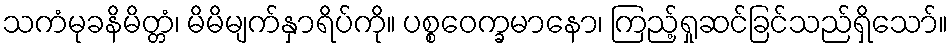
သကံမုခနိမိတ္တံ၊ မိမိမျက်နှာရိပ်ကို။ ပစ္စဝေက္ခမာနော၊ ကြည့်ရှုဆင်ခြင်သည်ရှိသော်။